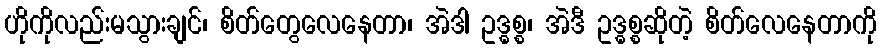
ဟိုကိုလည်းမသွားချင်၊ စိတ်တွေလေနေတာ၊ အဲဒါ ဥဒ္ဓစ္စ၊ အဲဒီ ဥဒ္ဓစ္စဆိုတဲ့ စိတ်လေနေတာကို